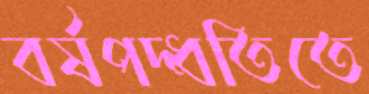
বর্ষপদ্ধতিতে